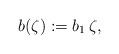
LaTeX: \begin{align*}b(\zeta):=b_1\, \zeta,\end{align*}